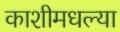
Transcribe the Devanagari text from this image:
काशीमधल्या